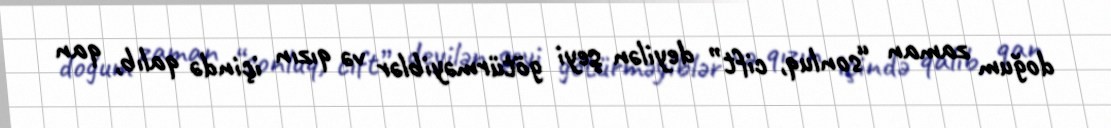
doğum zaman “sonluq, cift” deyilən şeyi götürməyiblər və qızın içində qalıb, qan